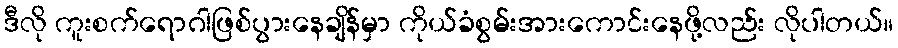
ဒီလို ကူးစက်ရောဂါဖြစ်ပွားနေချိန်မှာ ကိုယ်ခံစွမ်းအားကောင်းနေဖို့လည်း လိုပါတယ်။